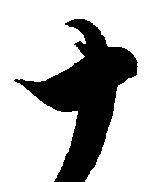
十